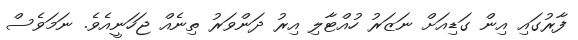
ފާރުގައި އިން ގަޑިއަށް ނަޒަރު ހުއްޓާލި އިރު ދަންވަރު ތިނެއް ޖަހަނީއެވެ. ނަމަވެސް